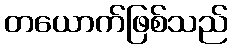
တယောက်ဖြစ်သည်